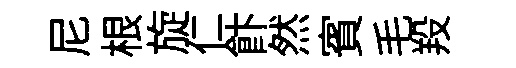
尼根旋仁飰然賓毛羖